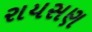
રાયસણ